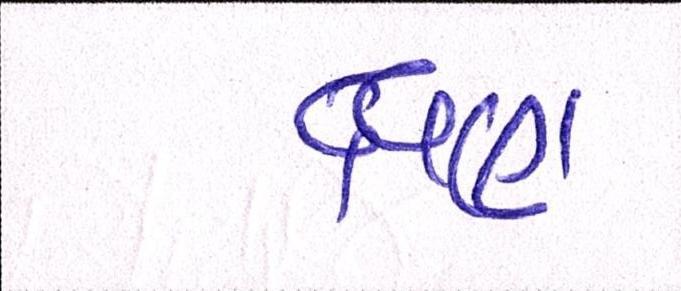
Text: ક્ષણ